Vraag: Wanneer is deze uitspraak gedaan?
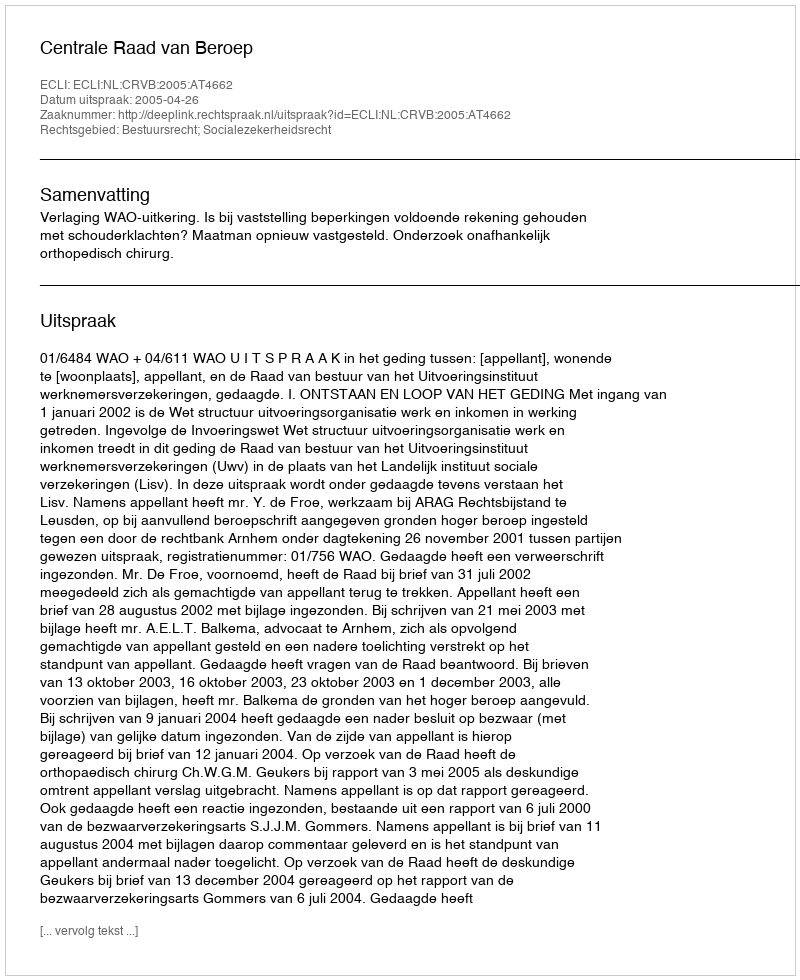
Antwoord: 2005-04-26